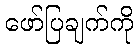
ဖော်ပြချက်ကို